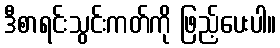
ဒီစာရင်းသွင်းကတ်ကို ဖြည့်ပေးပါ။